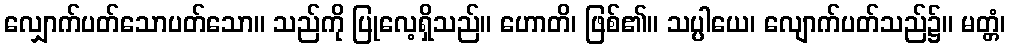
လျှောက်ပတ်သောပတ်သော။ သည်ကို ပြုလေ့ရှိသည်။ ဟောတိ၊ ဖြစ်၏။ သပ္ပါယေ၊ လျောက်ပတ်သည်၌။ မတ္တံ၊